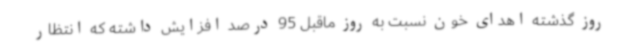
روز گذشته اهدای خون نسبت به روز ماقبل 95 درصد افزایش داشته که انتظار